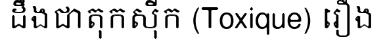
ដឹងជាតុកស៊ីក (Toxique) រឿង